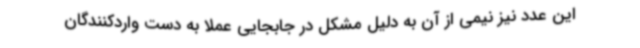
این عدد نیز نیمی از آن به دلیل مشکل در جابجایی عملا به دست واردکنندگان